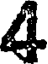
4